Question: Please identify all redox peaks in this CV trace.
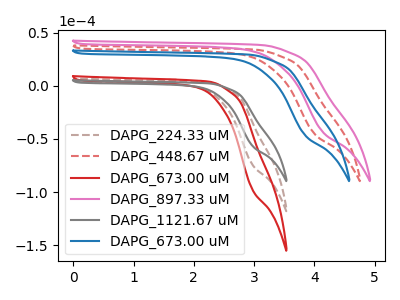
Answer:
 <answer>The brown dashed curve "DAPG_224.33 uM" has no peaks. The red dashed curve "DAPG_448.67 uM" has no peaks. The red curve "DAPG_673.00 uM" has no peaks. The pink curve "DAPG_897.33 uM" has no peaks. The gray curve "DAPG_1121.67 uM" has no peaks. The blue curve "DAPG_673.00 uM" has no peaks.</answer>
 <eval></eval>